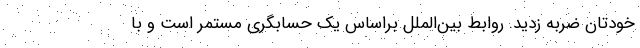
خودتان ضربه زديد. روابط بين‌الملل براساس يك حسابگري مستمر است و با